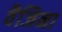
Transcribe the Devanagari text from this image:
वैजिना